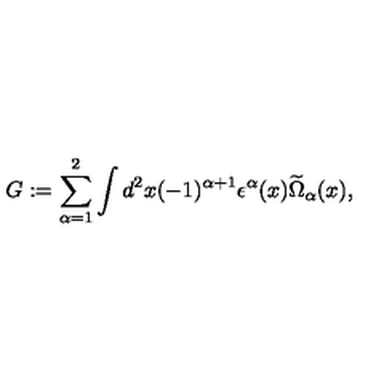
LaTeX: G : = \sum _ { \alpha = 1 } ^ { 2 } \int d ^ { 2 } x ( - 1 ) ^ { \alpha + 1 } \epsilon ^ { \alpha } ( x ) \widetilde \Omega _ { \alpha } ( x ) ,